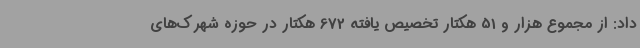
داد: از مجموع هزار و 51 هکتار تخصیص یافته 672 هکتار در حوزه شهرک‌های